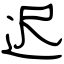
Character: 迟